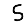
Digit: 5